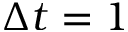
\Delta t = 1